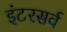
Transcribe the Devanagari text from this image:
इंटरसर्व